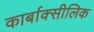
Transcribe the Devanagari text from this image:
कार्बाक्सीलिक